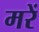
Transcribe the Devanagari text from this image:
मरें